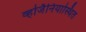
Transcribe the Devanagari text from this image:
व्हर्जिनियास्थित